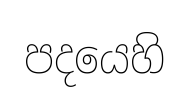
පදයෙහි